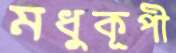
মধুকূপী